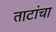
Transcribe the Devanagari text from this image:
ताटांचा